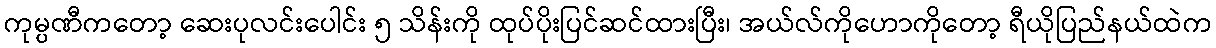
ကုမ္ပဏီကတော့ ဆေးပုလင်းပေါင်း ၅ သိန်းကို ထုပ်ပိုးပြင်ဆင်ထားပြီး၊ အယ်လ်ကိုဟောကိုတော့ ရီယိုပြည်နယ်ထဲက